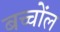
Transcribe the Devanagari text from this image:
बच्चोंल